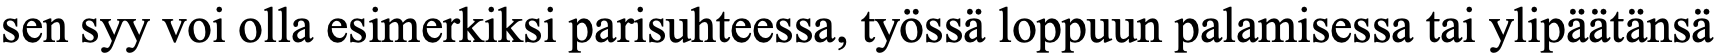
sen syy voi olla esimerkiksi parisuhteessa, työssä loppuun palamisessa tai ylipäätänsä